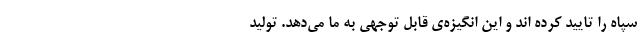
سپاه را تایید کرده اند و این انگیزه‌ی قابل توجهی به ما می‌دهد. تولید